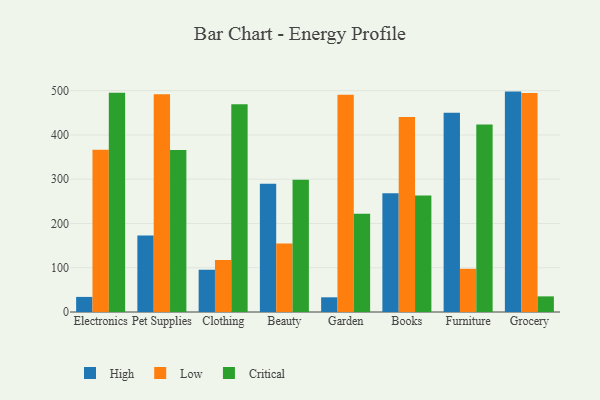
{"axis": {"x": "Category", "y": "Population (Million)"}, "legend": ["Critical", "High", "Low"], "data": [{"x": "Electronics", "y": 34.1, "type": "High"}, {"x": "Electronics", "y": 366.3, "type": "Low"}, {"x": "Electronics", "y": 495.3, "type": "Critical"}, {"x": "Pet Supplies", "y": 172.8, "type": "High"}, {"x": "Pet Supplies", "y": 491.7, "type": "Low"}, {"x": "Pet Supplies", "y": 365.8, "type": "Critical"}, {"x": "Clothing", "y": 95.5, "type": "High"}, {"x": "Clothing", "y": 117.7, "type": "Low"}, {"x": "Clothing", "y": 469.2, "type": "Critical"}, {"x": "Beauty", "y": 289.9, "type": "High"}, {"x": "Beauty", "y": 154.9, "type": "Low"}, {"x": "Beauty", "y": 298.8, "type": "Critical"}, {"x": "Garden", "y": 33.2, "type": "High"}, {"x": "Garden", "y": 490.6, "type": "Low"}, {"x": "Garden", "y": 222.1, "type": "Critical"}, {"x": "Books", "y": 268.1, "type": "High"}, {"x": "Books", "y": 440.7, "type": "Low"}, {"x": "Books", "y": 263.3, "type": "Critical"}, {"x": "Furniture", "y": 450.1, "type": "High"}, {"x": "Furniture", "y": 97.6, "type": "Low"}, {"x": "Furniture", "y": 423.3, "type": "Critical"}, {"x": "Grocery", "y": 497.9, "type": "High"}, {"x": "Grocery", "y": 494.6, "type": "Low"}, {"x": "Grocery", "y": 35.3, "type": "Critical"}]}